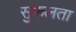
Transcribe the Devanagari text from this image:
सुफलता